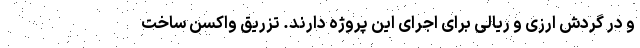
و در گردش ارزی و ریالی برای اجرای این پروژه دارند. تزريق واکسن ساخت